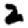
Digit: 2